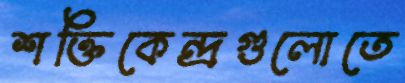
শক্তিকেন্দ্রগুলোতে